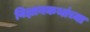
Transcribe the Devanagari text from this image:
विज्ञानकथांच्या